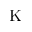
\mathrm { K }